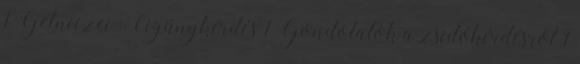
1 Gelniczei : Cigánykérdés 1 Gondolatok a zsidókérdésről 1